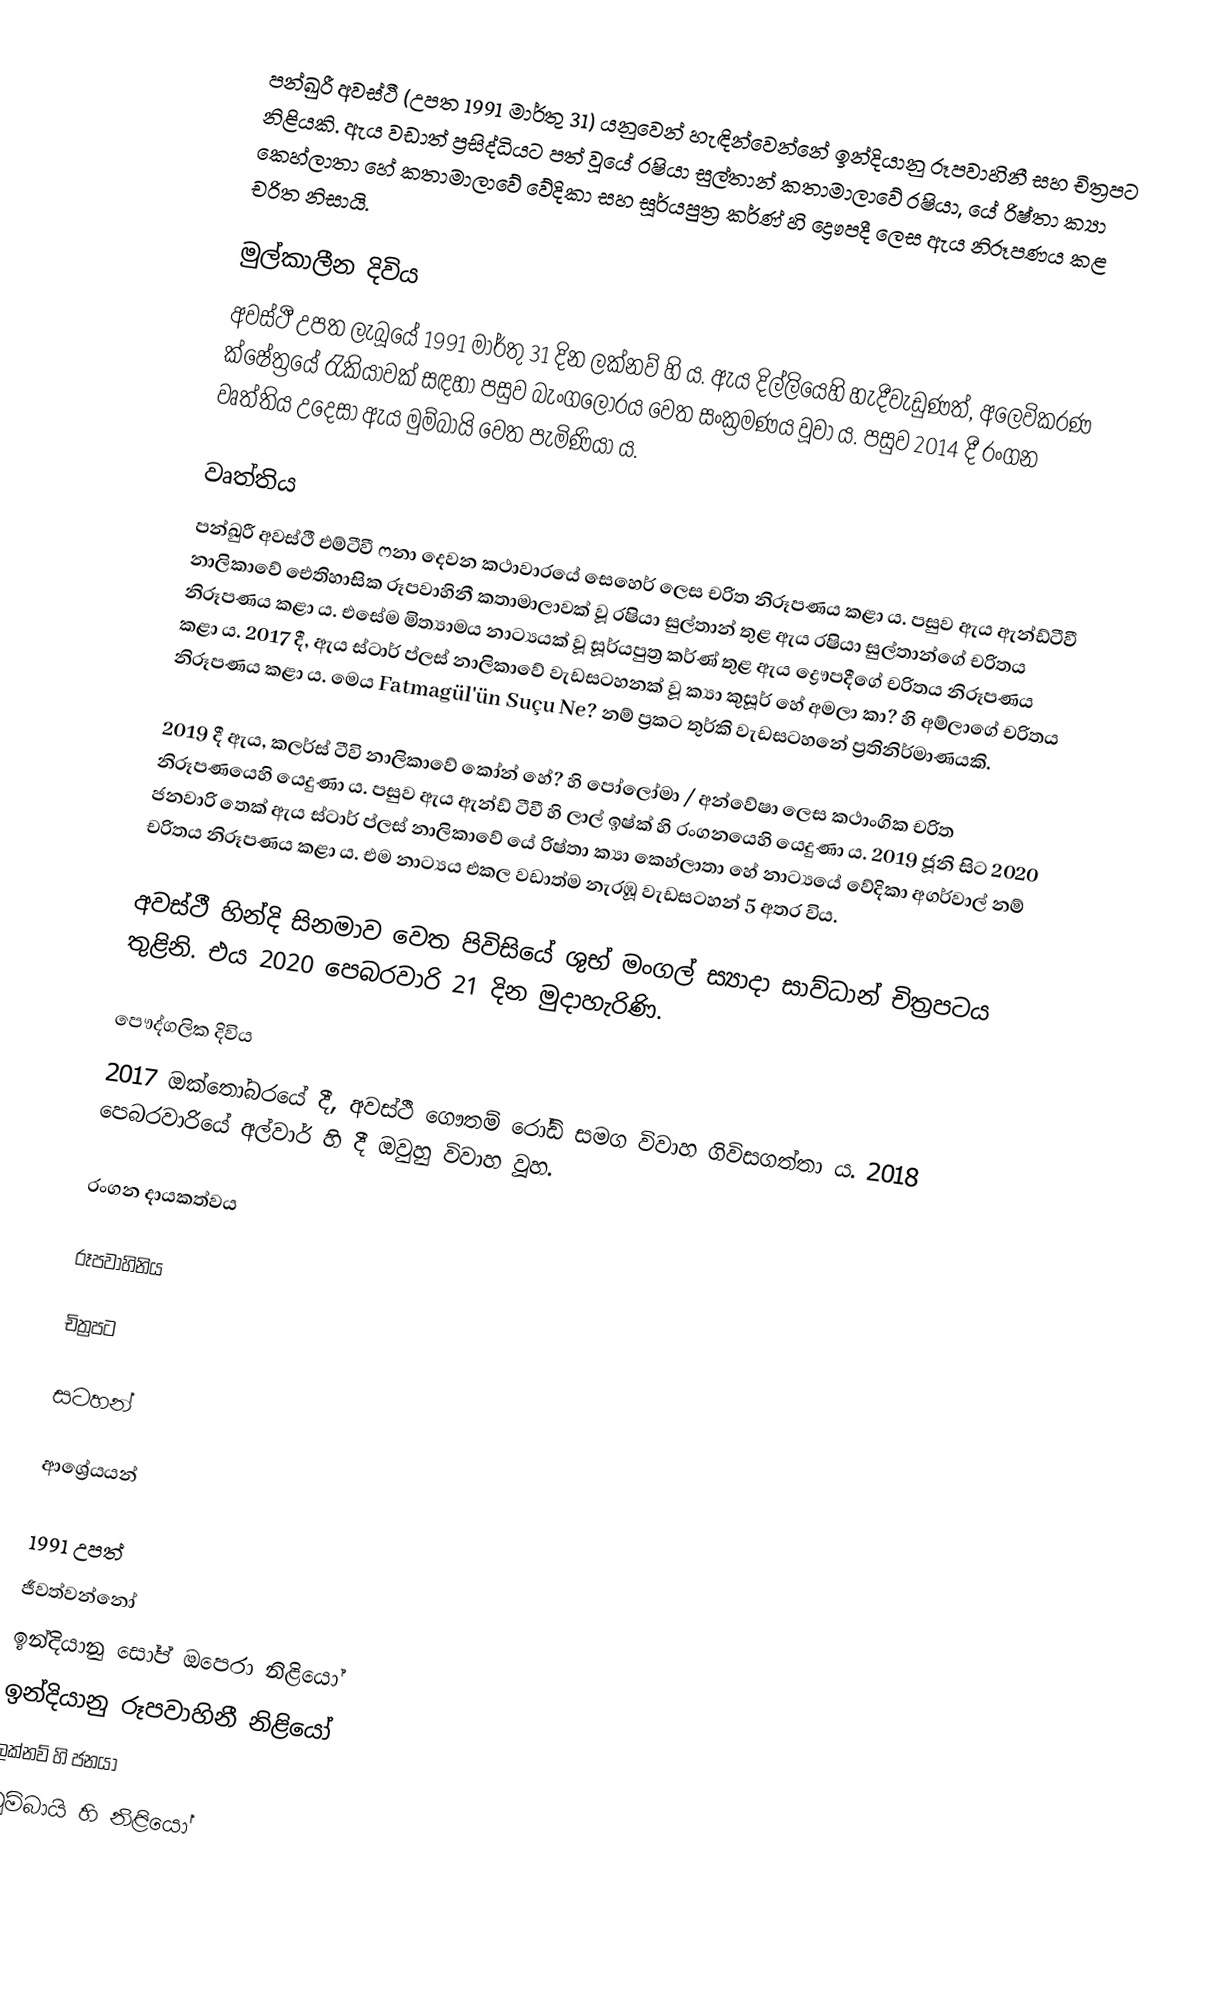
පන්ඛුරී අවස්ථී  (උපත 1991 මාර්තු 31) යනුවෙන් හැඳින්වෙන්නේ ඉන්දියානු රූපවාහිනී සහ චිත්‍රපට නිළියකි. ඇය වඩාත් ප්‍රසිද්ධියට පත් වූයේ රෂියා සුල්තාන් කතාමාලාවේ රෂියා, යේ රිෂ්තා ක්‍යා කෙහ්ලාතා හේ කතාමාලාවේ වේදිකා සහ සූර්යපුත්‍ර කර්ණ් හි ද්‍රෞපදී ලෙස ඇය නිරූපණය කළ චරිත නිසායි.

මුල්කාලීන දිවිය
අවස්ථී උපත ලැබූයේ 1991 මාර්තු 31 දින ලක්නව් හි ය. ඇය දිල්ලියෙහි හැදීවැඩුණත්, අලෙවිකරණ ක්ෂේත්‍රයේ රැකියාවක් සඳහා පසුව බැංගලෝරය වෙත සංක්‍රමණය වූවා ය. පසුව 2014 දී රංගන වෘත්තිය උදෙසා ඇය මුම්බායි වෙත පැමිණියා ය.

වෘත්තිය
පන්ඛුරී අවස්ථී එම්ටීවී ෆනා දෙවන කථාවාරයේ සෙහෙර් ලෙස චරිත නිරූපණය කළා ය. පසුව ඇය ඇන්ඩ්ටීවී නාලිකාවේ ඓතිහාසික රූපවාහිනී කතාමාලාවක් වූ රෂියා සුල්තාන් තුළ ඇය රෂියා සුල්තාන්ගේ චරිතය නිරූපණය කළා ය. එසේම මිත්‍යාමය නාට්‍යයක් වූ සූර්යපුත්‍ර කර්ණ් තුළ ඇය ද්‍රෞපදීගේ චරිතය නිරූපණය කළා ය. 2017 දී, ඇය ස්ටාර් ප්ලස් නාලිකාවේ වැඩසටහනක් වූ ක්‍යා කුසූර් හේ අමලා කා? හි අම්ලාගේ චරිතය නිරූපණය කළා ය. මෙය Fatmagül'ün Suçu Ne? නම් ප්‍රකට තුර්කි වැඩසටහනේ ප්‍රතිනිර්මාණයකි.

2019 දී ඇය, කලර්ස් ටීවි නාලිකාවේ කෝන් හේ? හි පෝලෝමා / අන්වේෂා ලෙස කථාංගික චරිත නිරූපණයෙහි යෙදුණා ය. පසුව ඇය ඇන්ඩ් ටීවී හි ලාල් ඉෂ්ක් හි රංගනයෙහි යෙදුණා ය. 2019 ජූනි සිට 2020 ජනවාරි තෙක් ඇය ස්ටාර් ප්ලස් නාලිකාවේ යේ රිෂ්තා ක්‍යා කෙහ්ලාතා හේ නාට්‍යයේ වේදිකා අගර්වාල් නම් චරිතය නිරූපණය කළා ය. එම නාට්‍යය එකල වඩාත්ම නැරඹූ වැඩසටහන් 5 අතර විය.

අවස්ථී හින්දි සිනමාව වෙත පිවිසියේ ශුභ් මංගල් ස්‍යාදා සාව්ධාන් චිත්‍රපටය තුළිනි. එය 2020 පෙබරවාරි 21 දින මුදාහැරිණි.

පෞද්ගලික දිවිය
2017 ඔක්තෝබරයේ දී, අවස්ථී ගෞතම් රෝඩ් සමග විවාහ ගිවිසගත්තා ය. 2018 පෙබරවාරියේ අල්වාර් හි දී ඔවුහු විවාහ වූහ.

රංගන දායකත්වය

රූපවාහිනිය

චිත්‍රපට

සටහන්

ආශ්‍රේයයන්

1991 උපත්
ජීවත්වන්නෝ
ඉන්දියානු සෝප් ඔපෙරා නිළියෝ
ඉන්දියානු රූපවාහිනී නිළියෝ
ලක්නව් හි ජනයා
මුම්බායි හි නිළියෝ